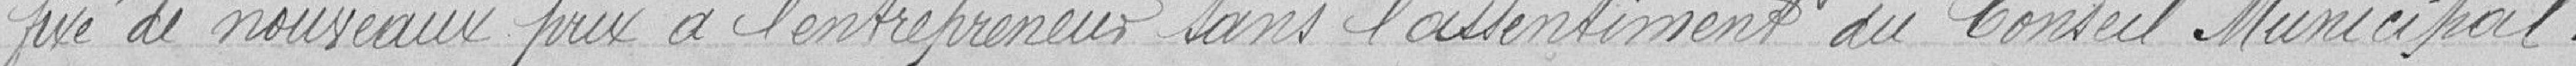
fixé de nouveaux prix à l'entrepreneur sans l'assentiment du Conseil Municipal.